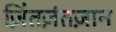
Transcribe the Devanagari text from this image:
ज़िंतज़ंतज़ान